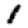
Digit: 1